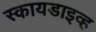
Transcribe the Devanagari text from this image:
स्कायडाइव्ह